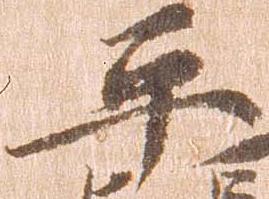
平